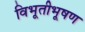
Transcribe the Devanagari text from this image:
विभूतीभूषण